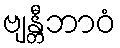
ဗျန္တီဘာဝံ